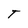
Character: T